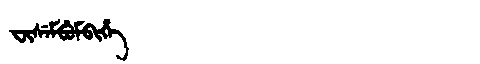
Manchu: ᠸᡳᠰᡝᠮᠪᡠᠮᠪᡳᡥᡝ
Romanization: FISEMBUMBIHE